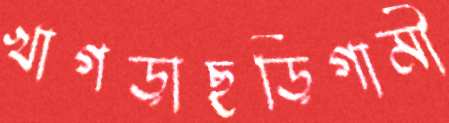
খাগড়াছড়িগামী